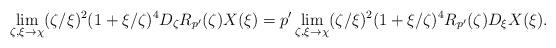
LaTeX: \begin{align*}\lim_{\zeta,\xi\to\chi} (\zeta/\xi)^2 (1+\xi/\zeta)^{4}D_{\zeta}R_{p'}(\zeta)X(\xi)=p'\lim_{\zeta,\xi\to\chi} (\zeta/\xi)^2 (1+\xi/\zeta)^{4}R_{p'}(\zeta)D_{\xi}X(\xi).\end{align*}